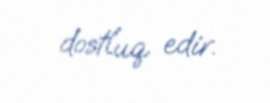
dostluq edir.